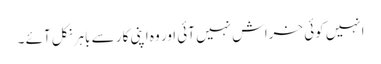
انہیں کوئی خراش نہیں آئی اور وہ اپنی کار سے باہر نکل آئے ۔